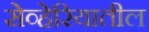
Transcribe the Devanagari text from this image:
सेव्हेरियातील